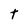
Character: t